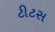
ટીટસ